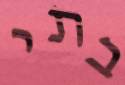
בתי